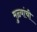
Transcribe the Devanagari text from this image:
मुळ्यांची